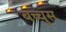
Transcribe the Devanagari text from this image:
बच्चुस